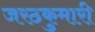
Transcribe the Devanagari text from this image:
जरठकुमारी